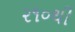
૨૧૦થી